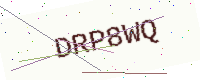
Text: DRP8WQ